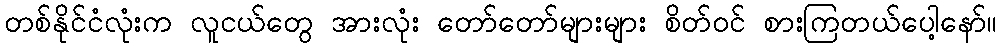
တစ်နိုင်ငံလုံးက လူငယ်တွေ အားလုံး တော်တော်များများ စိတ်ဝင် စားကြတယ်ပေါ့နော်။